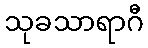
သုခသာရာဂီ